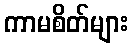
ကာမစိတ်များ